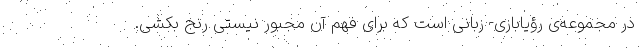
در مجموعه‌ی رؤیابازی- زبانی است که برای فهم آن مجبور نیستی رنج بکشی.